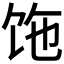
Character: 𩠂